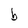
Character: b